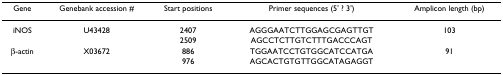
<table><thead><tr><td><b>Gene</b></td><td><b>Genebank accession #</b></td><td><b>Start positions</b></td><td><b>Primer sequences (5&#x27; ? 3&#x27;)</b></td><td><b>Amplicon length (bp)</b></td></tr></thead><tbody><tr><td>iNOS</td><td>U43428</td><td>2407</td><td>AGGGAATCTTGGAGCGAGTTGT</td><td>103</td></tr><tr><td></td><td></td><td>2509</td><td>AGCCTCTTGTCTTTGACCCAGT</td><td></td></tr><tr><td>β-actin</td><td>X03672</td><td>886</td><td>TGGAATCCTGTGGCATCCATGA</td><td>91</td></tr><tr><td></td><td></td><td>976</td><td>AGCACTGTGTTGGCATAGAGGT</td><td></td></tr></tbody></table>